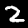
Digit: 2